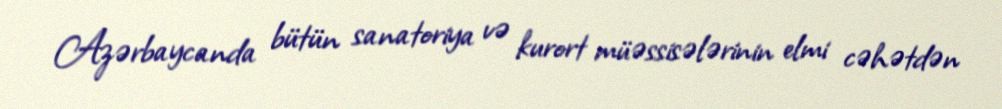
Azərbaycanda bütün sanatoriya və kurort müəssisələrinin elmi cəhətdən